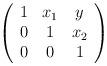
LaTeX: \begin{align*}\left( \begin{array}{ccc} 1 & x_1 & y \\ 0 & 1 & x_2 \\ 0 & 0 & 1 \end{array} \right) \end{align*}